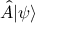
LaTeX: { \hat { A } } | \psi \rangle